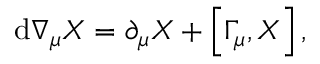
{ \mathrm { d } } \nabla _ { \mu } X = \partial _ { \mu } X + \left[ \Gamma _ { \mu } , X \right] ,